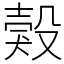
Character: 㺉